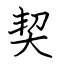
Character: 契